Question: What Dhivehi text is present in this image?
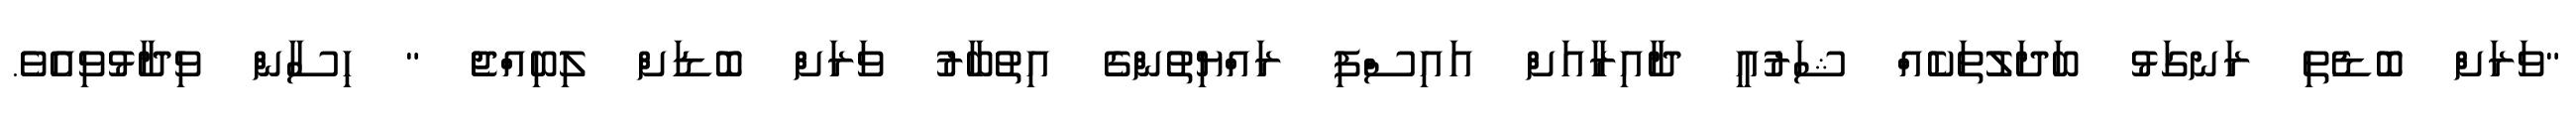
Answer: "ވަރަށް ބޮޑެތި ރަނގަޅު ބަދަލުތަކެއް ޝަރުއީ ދާއިރާއަށް އައިސްފި ރައްޔިތުންގެ އިތުބާރު ވަރަށް ބޮޑަށް ލިބިއްޖެ " ހިސާން ވިދާޅުވިއެވެ.